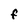
Character: F